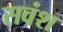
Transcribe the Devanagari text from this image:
सवंश